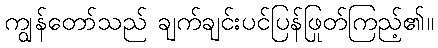
ကျွန်တော်သည် ချက်ချင်းပင်ပြန်ဖြုတ်ကြည့်၏။